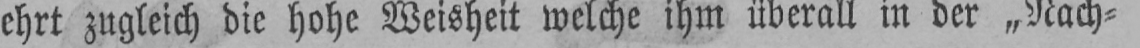
ehrt zugleich die hohe Weisheit welche ihm überall in der „Nach⸗